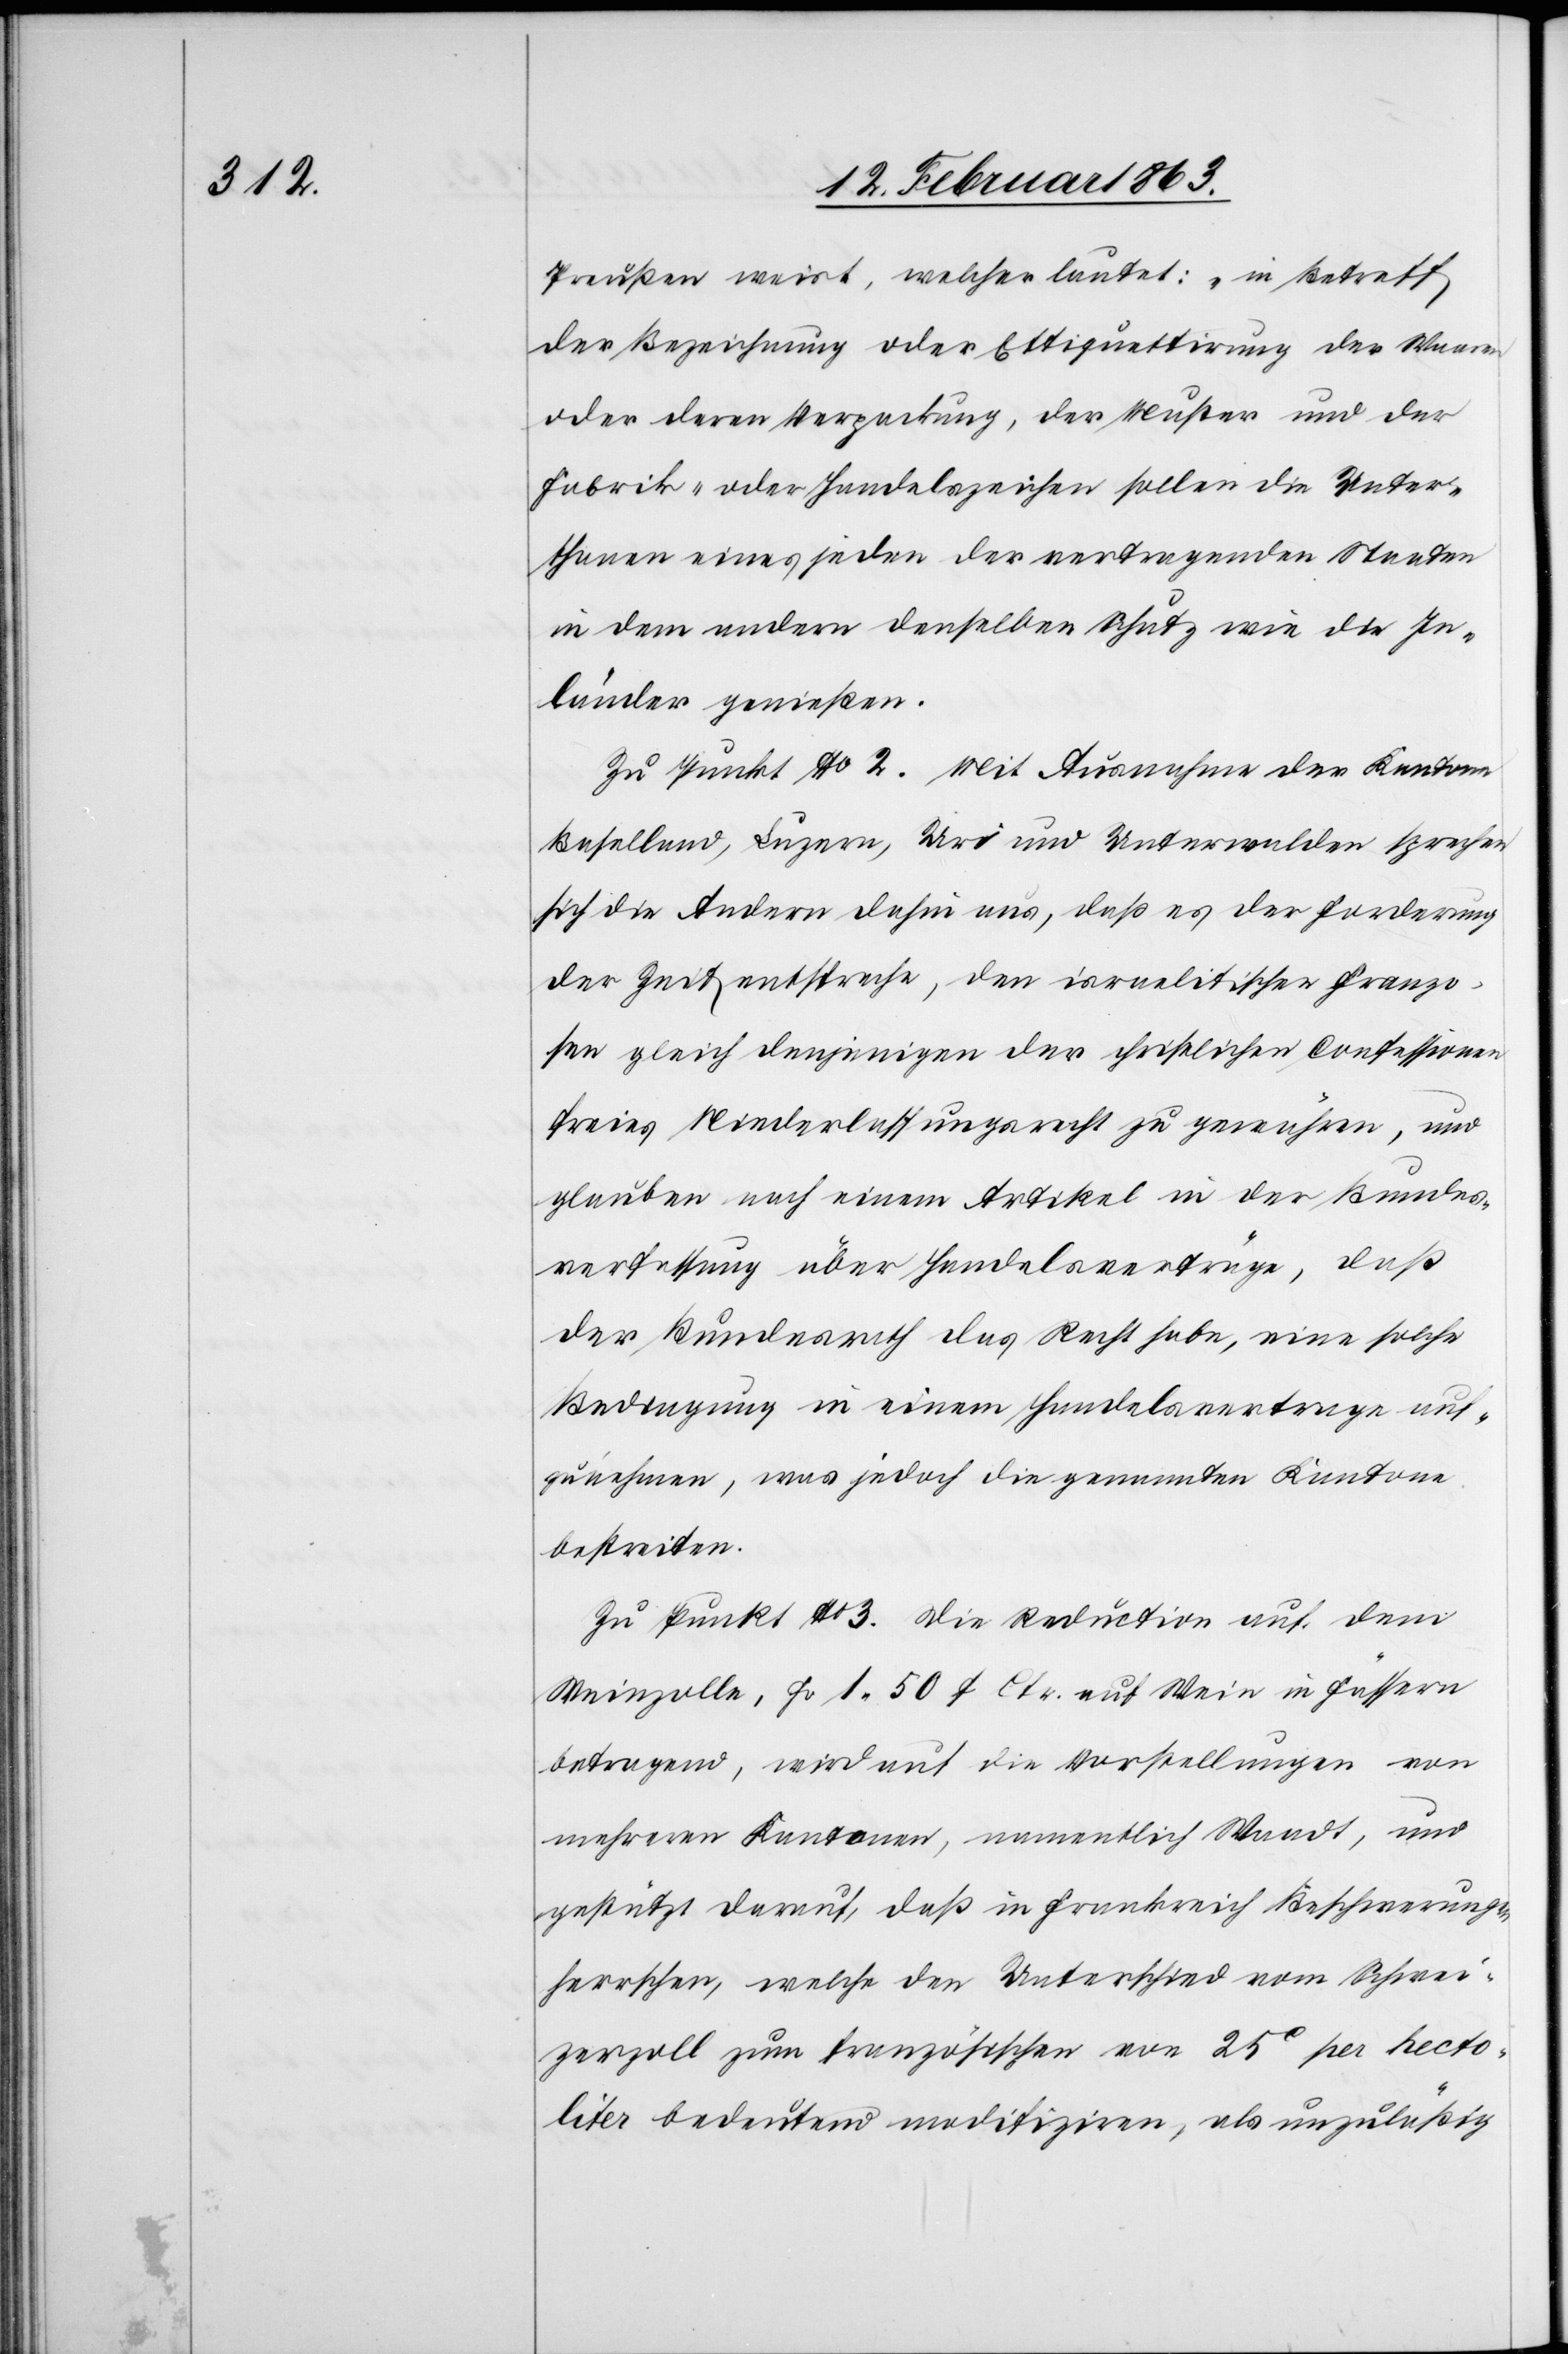
Preußen weist, welcher lautet: „in Betreff
der Bezeichnung oder Ettiquettirung [sic!] der Waaren
oder deren Verpackung, der Muster und der
Fabrik- oder Handelszeichen sollen die Unter¬
thanen eines jeden der vertragenden Staaten
in dem andern denselben Schutz wie die In¬
länder genießen.“
Zu Punkt No 2. Mit Ausnahme der Kantone
Baselland, Luzern, Uri und Unterwalden sprechen
sich die Andern dahin aus, daß es der Forderung
der Zeit entspreche, den israelitischen Franzo¬
sen gleich denjenigen der christlichen Confessionen
freies Niederlassungsrecht zu gewähren, und
glauben nach einem Artikel in der Bundes¬
verfassung über Handelsverträge, daß
der Bundesrath das Recht habe, eine solche
Bedingung in einem Handelsvertrage auf¬
zunehmen, was jedoch die genannten Kantone
bestreiten.
Zu Punkt No 3. Die Reduction auf dem
Weinzolle, Fr 1. 50 f Ctr. auf Wein in Fässern
betragend, wird auf die Vorstellungen von
mehreren Kantonen, namentlich Waadt, und
gestützt darauf, daß in Frankreich Beschwerungen
herrschen, welche den Unterschied vom Schwei¬
zerzoll zum französischen von 25c per hecto¬
liter bedeutend modifiziren, als unzuläßig